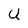
Character: U